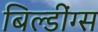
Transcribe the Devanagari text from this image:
बिल्डींग्स